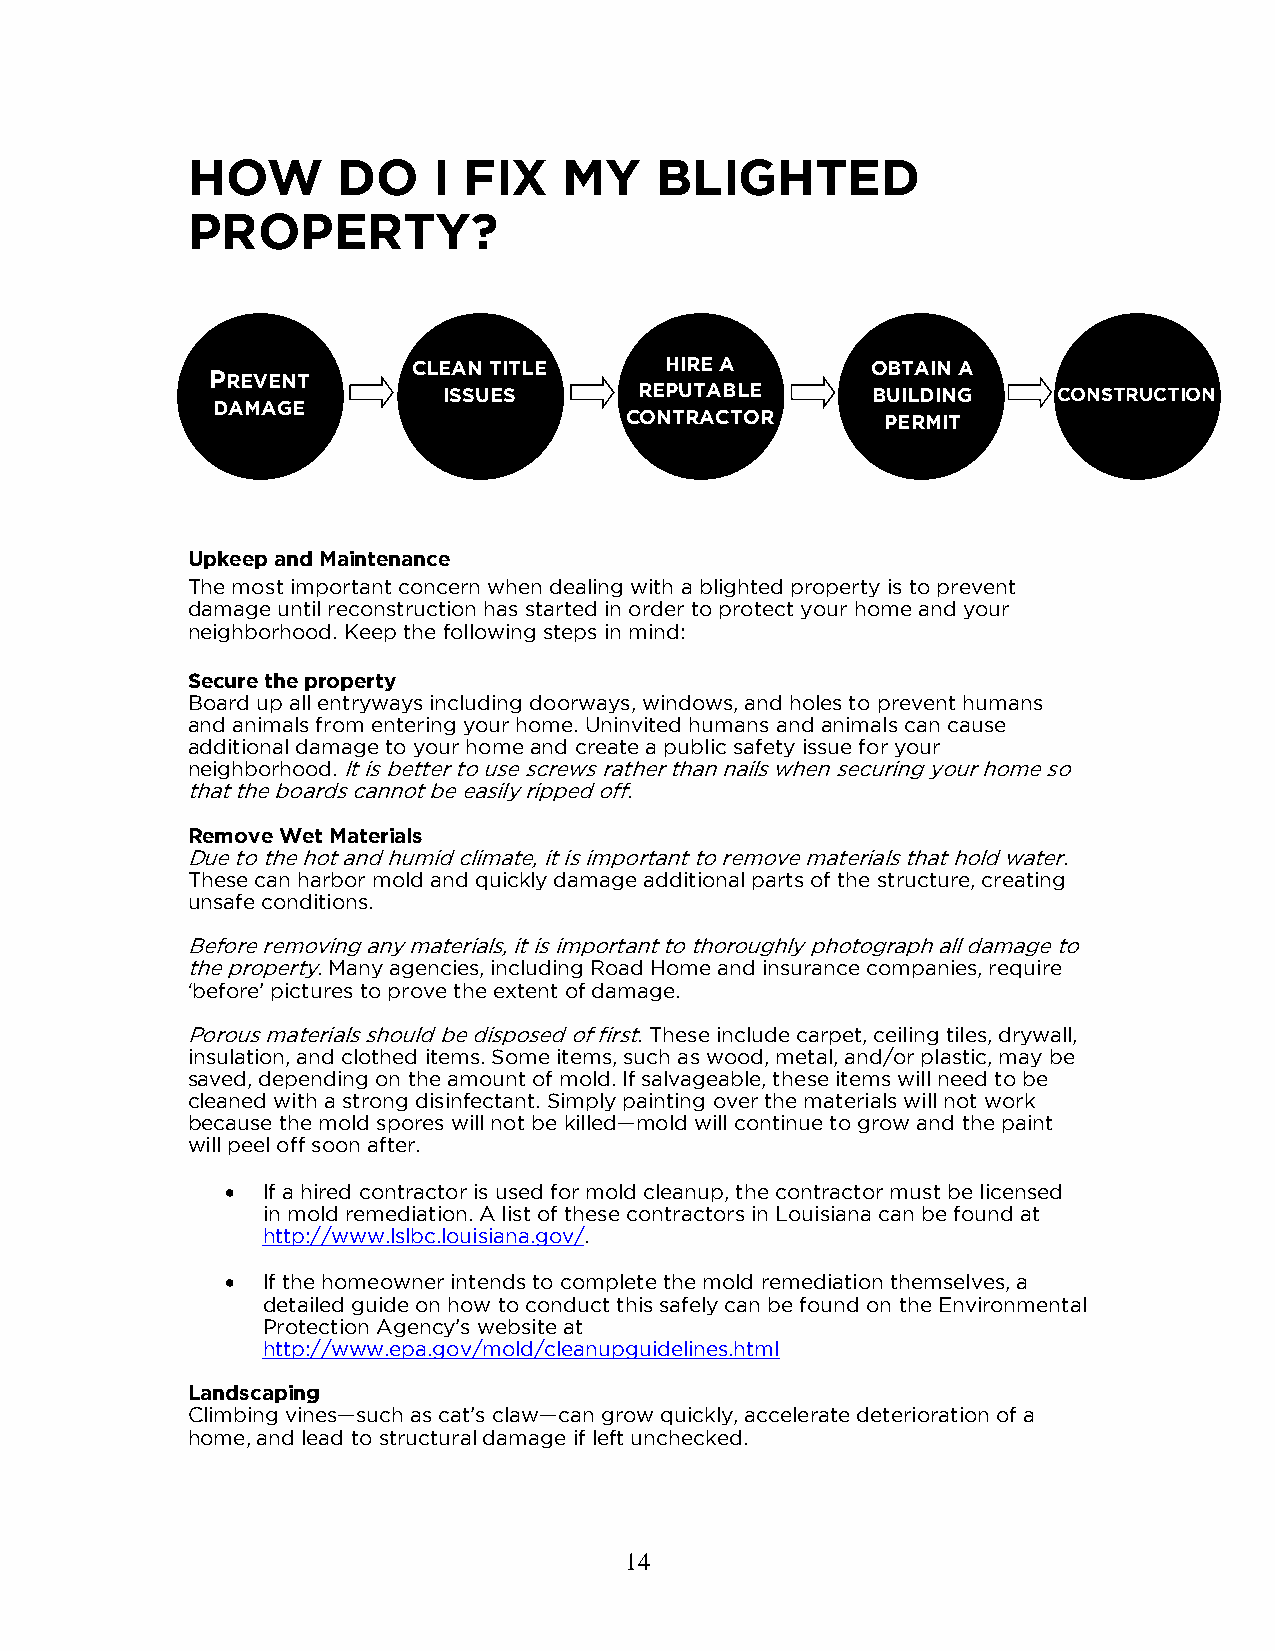
HOW       DO     I FIX   MY    BLIGHTED
 PROPERTY?
 CLEAN TITLE      HIRE A        OBTAIN A
 PREVENT
 ISSUES       REPUTABLE       BUILDING    CONSTRUCTION
 DAMAGE
 CONTRACTOR        PERMIT
 Upkeep and Maintenance
 The most important concern when dealing with a blighted property is to prevent
 damage until reconstruction has started in order to protect your home and your
 neighborhood. Keep the following steps in mind:
 Secure the property
 Board up all entryways including doorways, windows, and holes to prevent humans
 and animals from entering your home. Uninvited humans and animals can cause
 additional damage to your home and create a public safety issue for your
 neighborhood. It is better to use screws rather than nails when securing your home so
 that the boards cannot be easily ripped off.
 Remove Wet Materials
 Due to the hot and humid climate, it is important to remove materials that hold water.
 These can harbor mold and quickly damage additional parts of the structure, creating
 unsafe conditions.
 Before removing any materials, it is important to thoroughly photograph all damage to
 the property. Many agencies, including Road Home and insurance companies, require
 ‘before’ pictures to prove the extent of damage.
 Porous materials should be disposed of first. These include carpet, ceiling tiles, drywall,
 insulation, and clothed items. Some items, such as wood, metal, and/or plastic, may be
 saved, depending on the amount of mold. If salvageable, these items will need to be
 cleaned with a strong disinfectant. Simply painting over the materials will not work
 because the mold spores will not be killed—mold will continue to grow and the paint
 will peel off soon after.
  If a hired contractor is used for mold cleanup, the contractor must be licensed
 in mold remediation. A list of these contractors in Louisiana can be found at
 http://www.lslbc.louisiana.gov/.
  If the homeowner intends to complete the mold remediation themselves, a
 detailed guide on how to conduct this safely can be found on the Environmental
 Protection Agency’s website at
 http://www.epa.gov/mold/cleanupguidelines.html
 Landscaping
 Climbing vines—such as cat’s claw—can grow quickly, accelerate deterioration of a
 home, and lead to structural damage if left unchecked.
 14